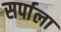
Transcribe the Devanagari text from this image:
सर्पाला